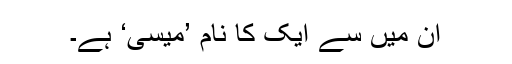
ان میں سے ایک کا نام ’میسی‘ ہے۔